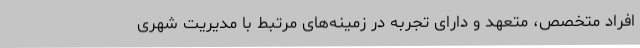
افراد متخصص، متعهد و دارای تجربه در زمینه‌های مرتبط با مدیریت شهری